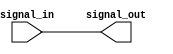
module transmission_gate_delay(
    input wire signal_in,
    output wire signal_out
);

reg signal_out_reg;

assign signal_out = signal_out_reg;

// Delay circuit using transmission gates
initial begin
    #5 signal_out_reg = signal_in; // introduce 5 time units delay
end

endmodule